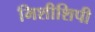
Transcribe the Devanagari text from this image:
मिशीशिपी